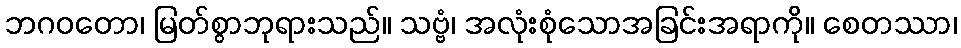
ဘဂဝတော၊ မြတ်စွာဘုရားသည်။ သဗ္ဗံ၊ အလုံးစုံသောအခြင်းအရာကို။ စေတဿာ၊